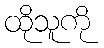
ထိုသူကို